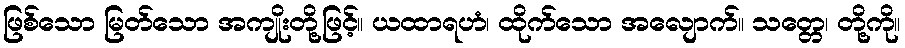
ဖြစ်သော မြတ်သော အကျိုးတို့ဖြင့်။ ယထာရဟံ၊ ထိုက်သော အလျောက်။ သတ္တေ၊ တို့ကို။